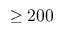
\geq 2 0 0